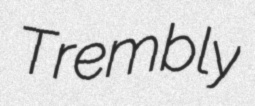
Trembly